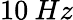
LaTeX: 10\: Hz